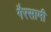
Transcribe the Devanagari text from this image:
गैरसामी